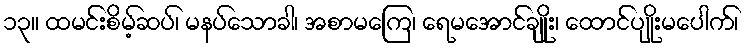
၁၃။ ထမင်းစိမ့်ဆပ်၊ မနပ်သောခါ၊ အစာမကြေ၊ ရေမအောင်ချိုး၊ ထောင်ပျိုးမပေါက်၊